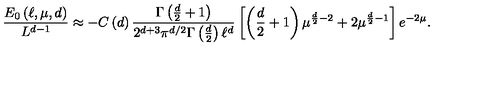
\frac { E _ { 0 } \left( \ell , \mu , d \right) } { L ^ { d - 1 } } \approx - C \left( d \right) \frac { \Gamma \left( \frac { d } { 2 } + 1 \right) } { 2 ^ { d + 3 } \pi ^ { d / 2 } \Gamma \left( \frac { d } { 2 } \right) \ell ^ { d } } \left[ \left( \frac { d } { 2 } + 1 \right) \mu ^ { \frac { d } { 2 } - 2 } + 2 \mu ^ { \frac { d } { 2 } - 1 } \right] e ^ { - 2 \mu } .